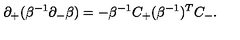
\partial _ { + } ( \beta ^ { - 1 } \partial _ { - } \beta ) = - \beta ^ { - 1 } C _ { + } ( \beta ^ { - 1 } ) ^ { T } C _ { - } .